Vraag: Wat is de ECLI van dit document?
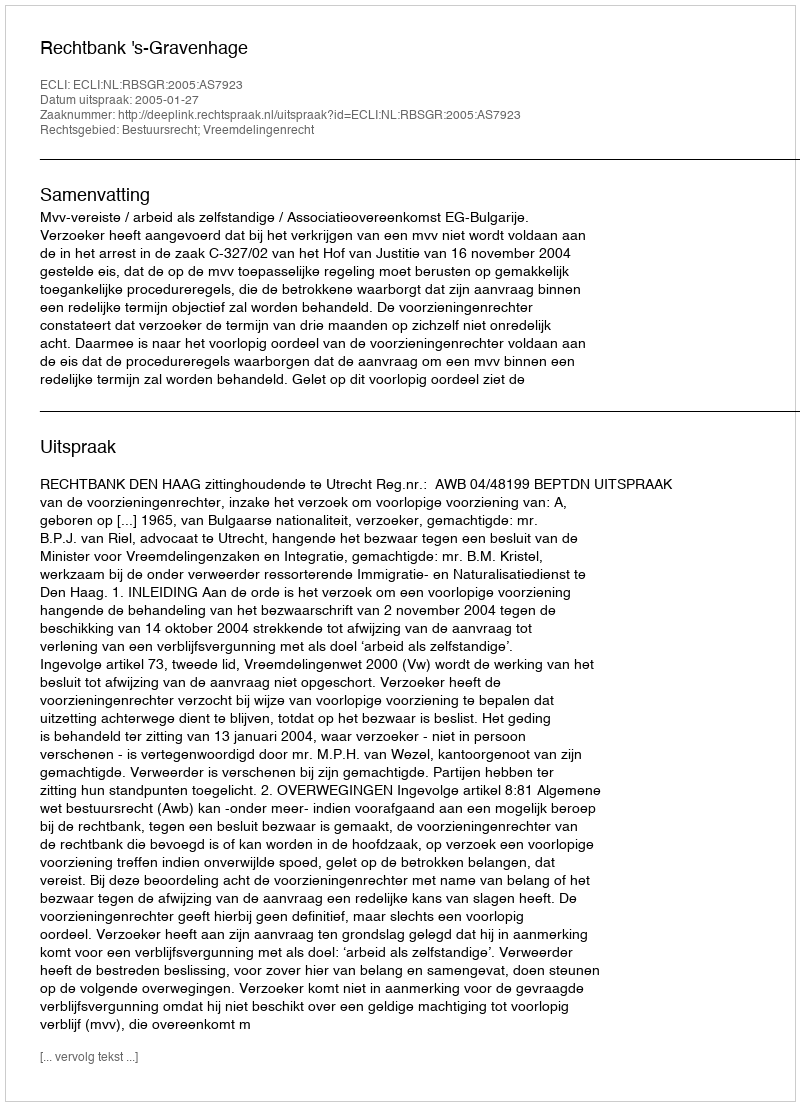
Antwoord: ECLI:NL:RBSGR:2005:AS7923